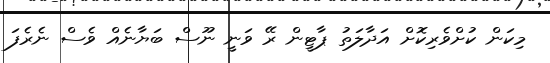
މިކަން ކުށްވެރިކޮށް އަދާލަތު ޕާޓީން ރޭ ވަނީ ނޫސް ބަޔާނެއް ވެސް ނެރެފަ